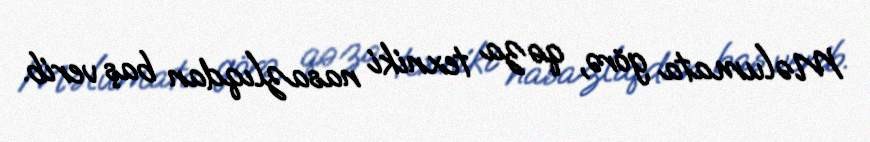
Məlumata görə, qəza texniki nasazlıqdan baş verib.